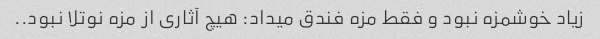
زیاد خوشمزه نبود و فقط مزه فندق میداد: هیچ آثاری از مزه نوتلا نبود..